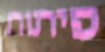
פיתוח